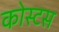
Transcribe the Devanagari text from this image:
कोस्टस